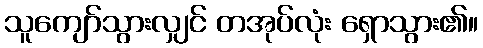
သူကျော်သွားလျှင် တအုပ်လုံး ရှောသွား၏။